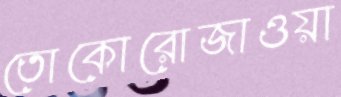
তোকোরোজাওয়া